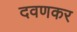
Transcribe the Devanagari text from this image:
दवणकर